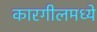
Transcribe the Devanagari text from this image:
कारगीलमध्ये